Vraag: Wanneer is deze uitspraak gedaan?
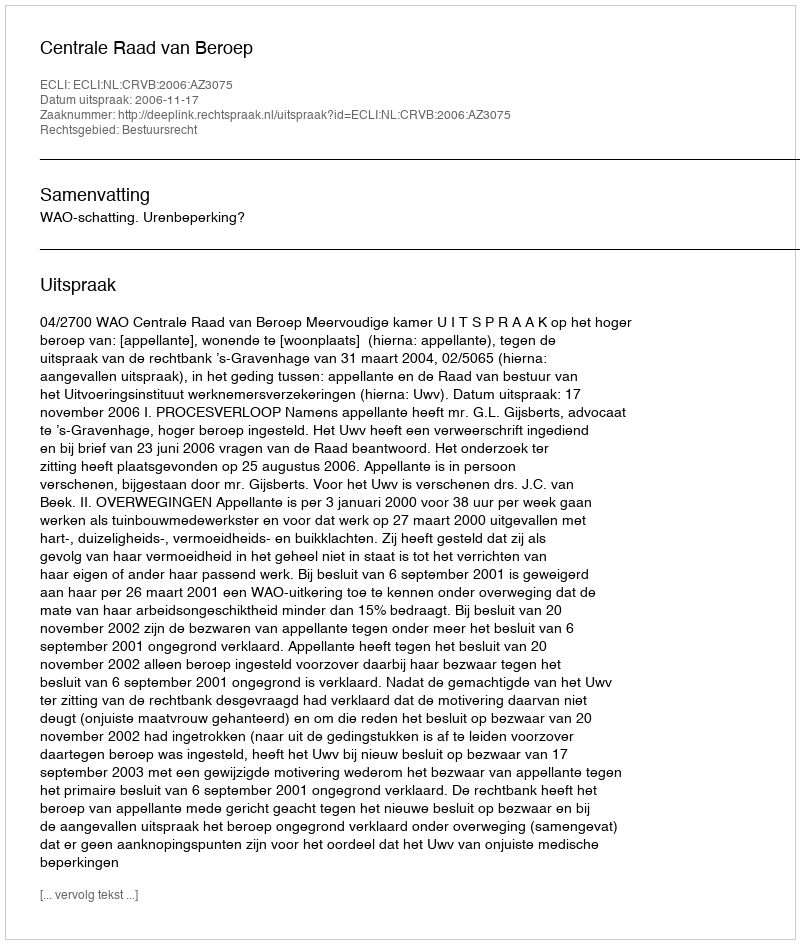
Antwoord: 2006-11-17